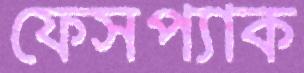
ফেসপ্যাক